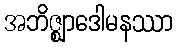
အဘိဇ္ဈာဒေါမနဿာ